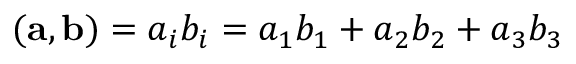
( { \bf a } , { \bf b } ) = a _ { i } b _ { i } = a _ { 1 } b _ { 1 } + a _ { 2 } b _ { 2 } + a _ { 3 } b _ { 3 }